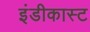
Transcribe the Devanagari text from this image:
इंडीकास्ट